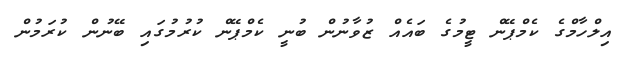
އިލްހާމްގެ ކެމްޕޭން ޓީމުގެ ބައެއް ޒުވާނުން ބުނީ ކެމްޕޭން ކުރުމުގައި ބޭނުން ކުރަމުން